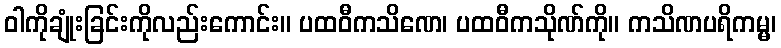
ဝါကိုချုံးခြင်းကိုလည်းကောင်း။ ပထဝီကသိဏေ၊ ပထဝီကသိုဏ်ကို။ ကသိဏပရိကမ္မ၊